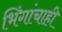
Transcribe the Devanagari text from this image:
भिंगांचाही